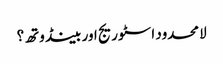
لامحدود اسٹوریج اور بینڈوتھ؟